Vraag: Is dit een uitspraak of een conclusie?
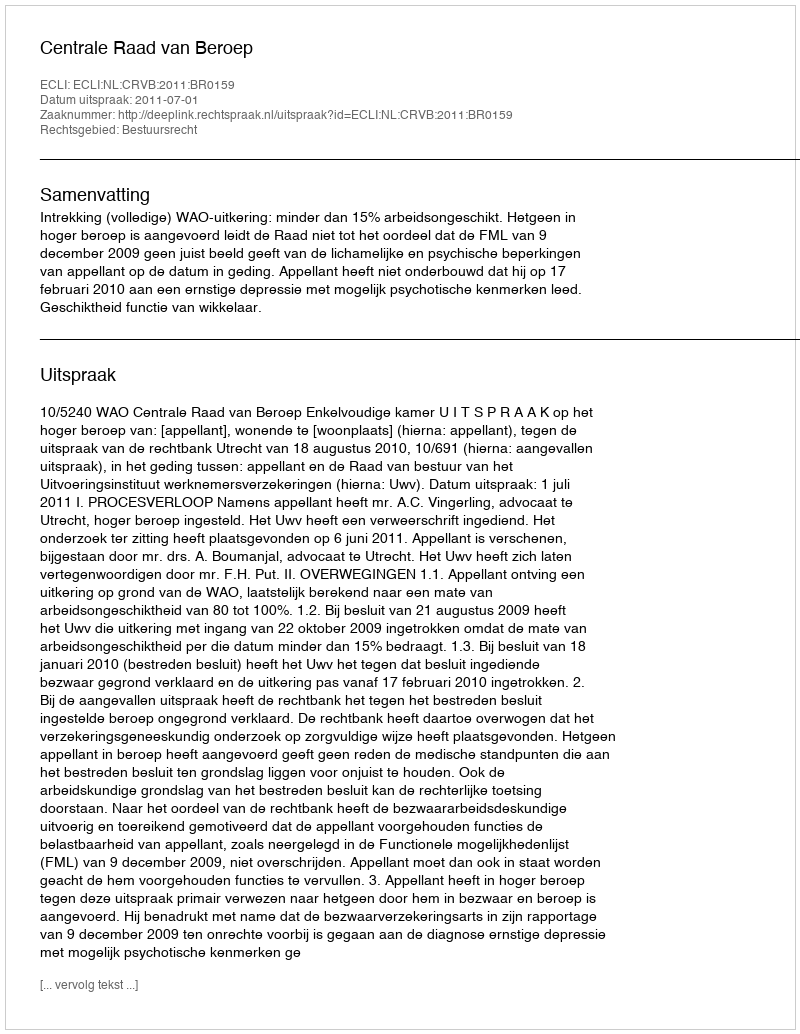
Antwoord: Uitspraak